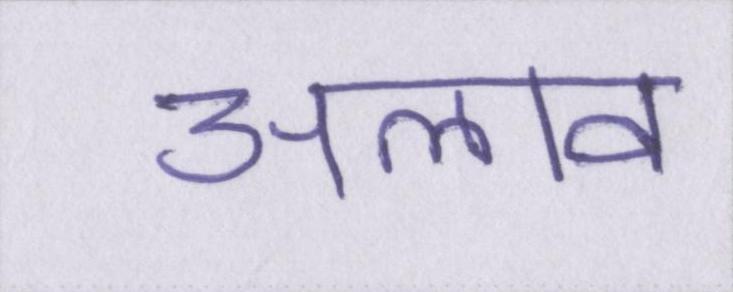
अलाव